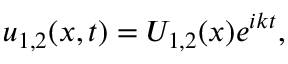
u _ { 1 , 2 } ( x , t ) = U _ { 1 , 2 } ( x ) e ^ { i k t } ,